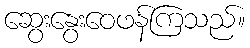
ဆွေးနွေးဝေဖန်ကြသည်။